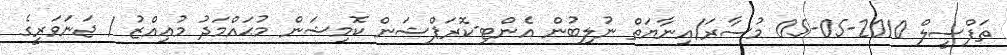
ތަފްސީލް 2010-05-05 މުސާރަ/އިނާޔަތް ނުލިބުން އެންޓި-ކޮރަޕްޝަން ކޮމިޝަން މުޙައްމަދު މުޢިއްޒު / ޖަނަވަރީގެ